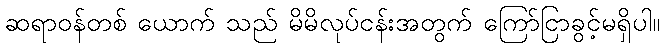
ဆရာဝန်တစ် ယောက် သည် မိမိလုပ်ငန်းအတွက် ကြော်ငြာခွင့်မရှိပါ။